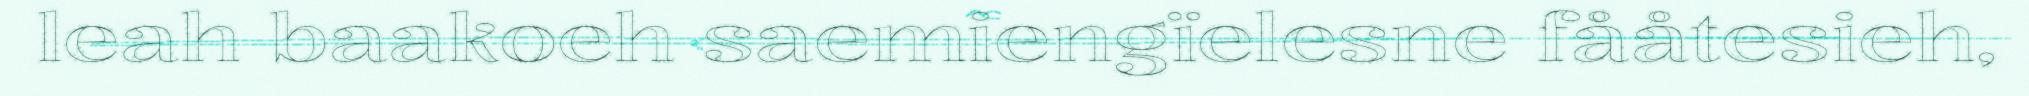
leah baakoeh saemiengïelesne fååtesieh,